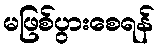
မဖြစ်ပွားစေရန်